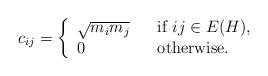
LaTeX: \begin{align*}c_{ij} = \left\{\begin{array}{lll} \sqrt{m_i m_j} & & \hbox{if } ij \in E(H), \\ 0 & & \hbox{otherwise.} \end{array}\right. \end{align*}